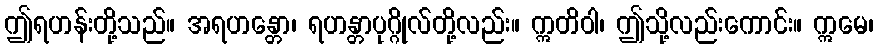
ဤရဟန်းတို့သည်။ အရဟန္တော၊ ရဟန္တာပုဂ္ဂိုလ်တို့လည်း။ ဣတိဝါ၊ ဤသို့လည်းကောင်း။ ဣမေ၊